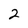
Character: 2